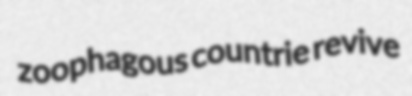
zoophagous countrie revive